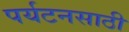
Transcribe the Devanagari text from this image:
पर्यटनसाठी